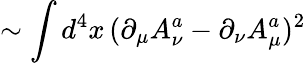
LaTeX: \sim\int d^{4}x\, (\partial_{\mu}A_{\nu}^{a}-\partial_{\nu}A_{\mu}^{a})^{2}